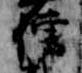
僧